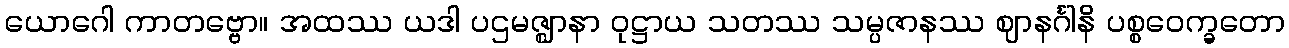
ယောဂေါ ကာတဗ္ဗော။ အထဿ ယဒါ ပဌမဇ္ဈာနာ ဝုဋ္ဌာယ သတဿ သမ္ပဇာနဿ ဈာနင်္ဂါနိ ပစ္စဝေက္ခတော